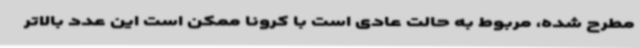
مطرح شده، مربوط به حالت عادی است با کرونا ممکن است این عدد بالاتر